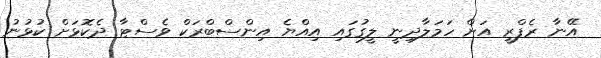
އޭނާ ރެފްރީ އަށް ހަމަލާދިނީ ލީގުގައި އިއްޔެ އިންސްބްރަކް ވެސްޓާ ދެކޮޅަށް ކުޅުނު